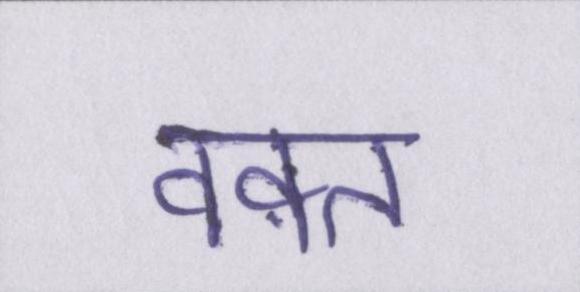
वक़्त